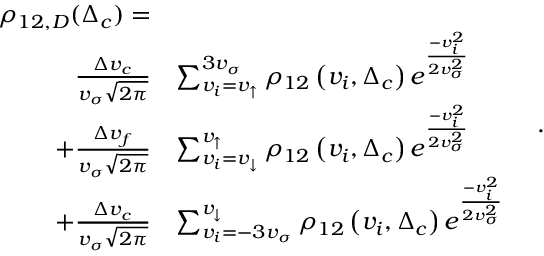
\begin{array} { r l } { \rho _ { 1 2 , D } ( \Delta _ { c } ) = } & { } \\ { ~ \frac { \Delta v _ { c } } { v _ { \sigma } \sqrt { 2 \pi } } } & { \sum _ { v _ { i } = v _ { \uparrow } } ^ { 3 v _ { \sigma } } \rho _ { 1 2 } \left( v _ { i } , \Delta _ { c } \right) e ^ { \frac { - v _ { i } ^ { 2 } } { 2 v _ { \sigma } ^ { 2 } } } } \\ { + \frac { \Delta v _ { f } } { v _ { \sigma } \sqrt { 2 \pi } } } & { \sum _ { v _ { i } = v _ { \downarrow } } ^ { v _ { \uparrow } } \rho _ { 1 2 } \left( v _ { i } , \Delta _ { c } \right) e ^ { \frac { - v _ { i } ^ { 2 } } { 2 v _ { \sigma } ^ { 2 } } } } \\ { + \frac { \Delta v _ { c } } { v _ { \sigma } \sqrt { 2 \pi } } } & { \sum _ { v _ { i } = - 3 v _ { \sigma } } ^ { v _ { \downarrow } } \rho _ { 1 2 } \left( v _ { i } , \Delta _ { c } \right) e ^ { \frac { - v _ { i } ^ { 2 } } { 2 v _ { \sigma } ^ { 2 } } } } \end{array} \, \, \, \, \, .